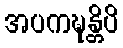
အပကဍ္ဎန္တိပိ